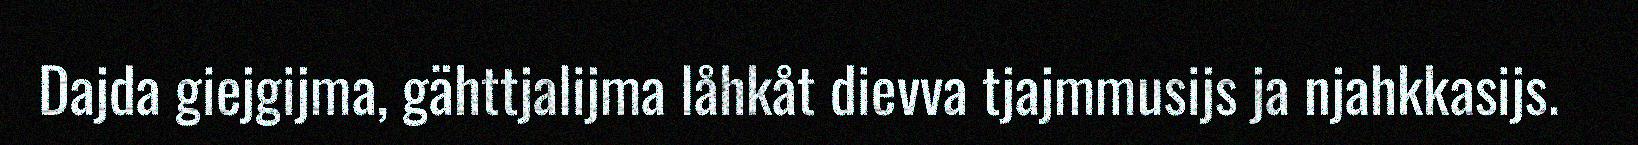
Dajda giejgijma, gähttjalijma låhkåt dievva tjajmmusijs ja njahkkasijs.